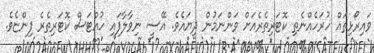
ވައިރޯޅިތައް ހުރަހެއްނެތި ކޮޓަރިތެރެއަށް ވަންނަމުން ދިޔައެވެ. އޭސީ ނިވާލާފައި ހުއްޓަސް ކޮޓަރިތެރެ ފިންޏެވެ.